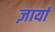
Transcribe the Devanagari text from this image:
ज़ार्या